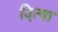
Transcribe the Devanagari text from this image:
दित्या